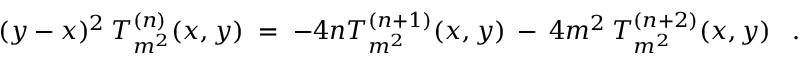
( y - x ) ^ { 2 } \: T _ { m ^ { 2 } } ^ { ( n ) } ( x , y ) \; = \; - 4 n T _ { m ^ { 2 } } ^ { ( n + 1 ) } ( x , y ) \: - \: 4 m ^ { 2 } \: T _ { m ^ { 2 } } ^ { ( n + 2 ) } ( x , y ) \; \; \; .